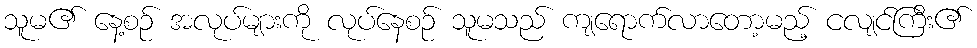
သူမ၏ နေ့စဉ် အလုပ်များကို လုပ်နေစဉ် သူမသည် ကျရောက်လာတော့မည့် ငလျင်ကြီး၏